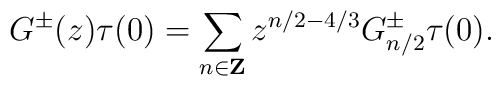
G^{\pm}(z)\tau(0)=\sum_{n\in{\bf Z}}z^{n/2-4/3}	 G^{\pm}_{n/2}\tau(0).